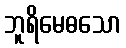
ဘူရိမေဓသော